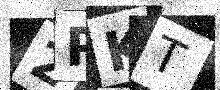
Text: 2PKT